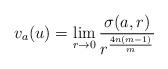
LaTeX: \begin{align*}v_a(u)=\lim_{r\to0} {\frac{\sigma(a,r)}{{r}^{\frac{4n(m-1)}{m}}}}\end{align*}